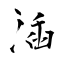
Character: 㴙